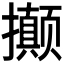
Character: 𭣇